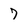
Character: 7